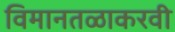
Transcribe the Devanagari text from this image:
विमानतळाकरवी